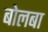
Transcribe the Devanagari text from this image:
बोलबा